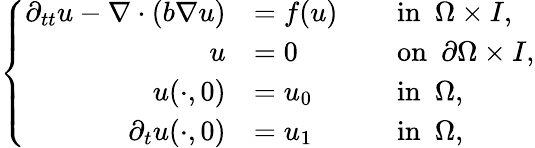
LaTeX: \left\{ \begin{array}{rlrl}{\partial_{tt}u-\nabla\cdot(b\nabla u)}&{=f(u)}&&{\mathrm{in}~~\Omega\times I,}\\ {u}&{=0\quad}&&{\mathrm{on}~~\partial\Omega\times I,}\\ {u(\cdot,0)}&{=u_{0}\quad}&&{\mathrm{in}~~\Omega,}\\ {\partial_{t}u(\cdot,0)}&{=u_{1}\quad}&&{\mathrm{in}~~\Omega,}\end{array}\right.